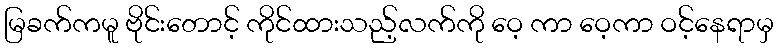
မြခက်ကမူ ဗိုင်းတောင့် ကိုင်ထားသည့်လက်ကို ဝေ့ ကာ ဝေ့ကာ ဝင့်နေရာမှ